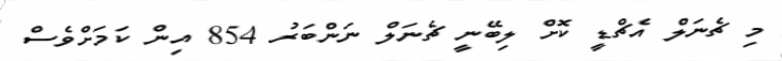
މި ޗެނަލް އެޗްޑީ ކޮށް ލިބޭނީ ޗެނަލް ނަންބަރު 854 އިން ކަމަށްވެސް